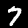
Label: 7